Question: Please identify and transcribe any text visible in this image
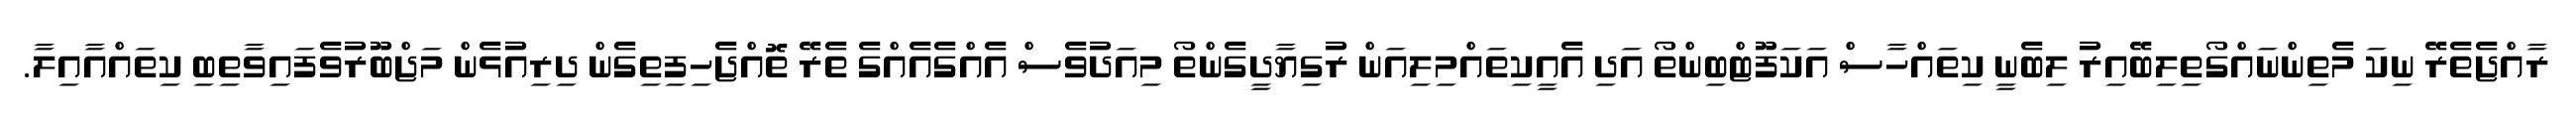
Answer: ރާއްޖެތެރޭ ނިކަ މެތިންނައްގޯތިލިބޭއިރު ލިބެނީ ކިތައްހާސް އަކަފޫޓްބިންތޯ އަދި އެއީކިތައްމިލިއަން ރުގިޔާދީގެންތޯ މިއަދުވެސް އެއްގެއެއްގެ ތެރޭ ތޮއްޖެހިފިތިގެން ދިރިއުޅެން މަޖްބޫރުވެފައިވާތިބި ކިތައްއާއިލާ.